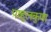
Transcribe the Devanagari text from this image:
पाहुलकुणा